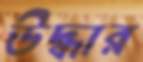
উদ্ধার